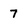
Character: 7